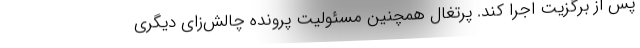
پس از برگزیت اجرا کند. پرتغال همچنین مسئولیت پرونده چالش‌زای دیگری